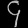
Digit: ၄